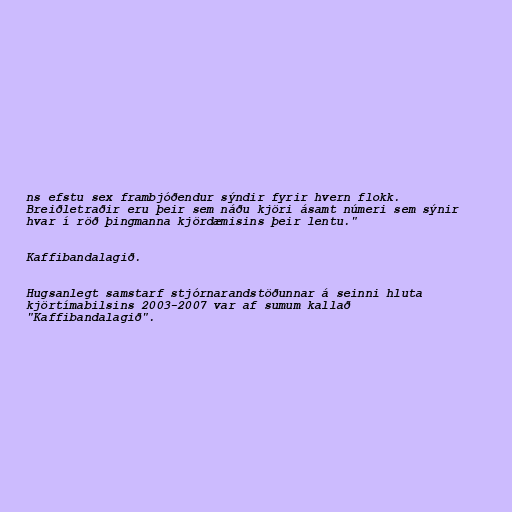
ns efstu sex frambjóðendur sýndir fyrir hvern flokk.
Breiðletraðir eru þeir sem náðu kjöri ásamt númeri sem sýnir
hvar í röð þingmanna kjördæmisins þeir lentu."

Kaffibandalagið.

Hugsanlegt samstarf stjórnarandstöðunnar á seinni hluta
kjörtímabilsins 2003-2007 var af sumum kallað
"Kaffibandalagið".